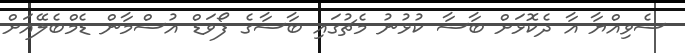
ސެވިއްޔާ އާ ދެކޮޅަށް ބާސާ ކުޅުނު މެޗުގައި ބާސާގެ ފޯވަޑް އުސްމާން ޑެމްބެލޭއަށް